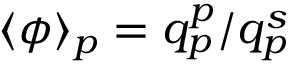
\langle \phi \rangle _ { p } = q _ { p } ^ { p } / q _ { p } ^ { s }